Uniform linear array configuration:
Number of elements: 48
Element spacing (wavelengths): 0.5
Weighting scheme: uniform
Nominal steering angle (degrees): -15
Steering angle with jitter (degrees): -16.441
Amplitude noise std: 0.05
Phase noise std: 0.05

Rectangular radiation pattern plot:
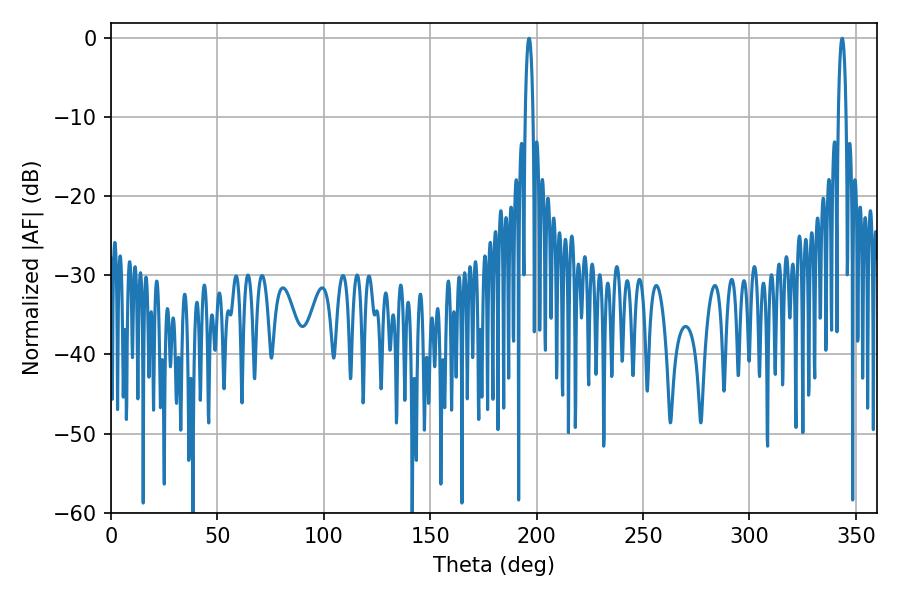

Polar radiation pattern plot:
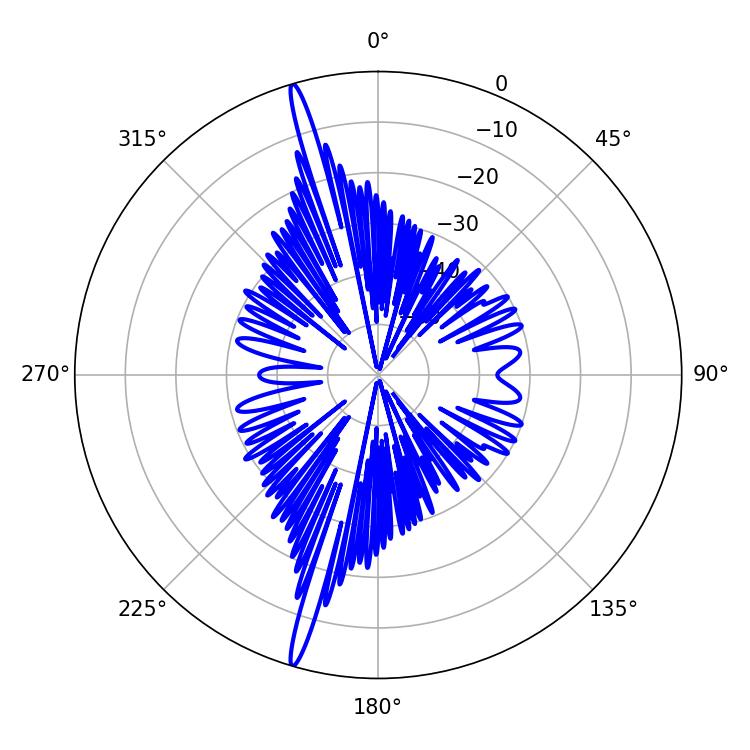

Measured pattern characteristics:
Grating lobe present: FALSE
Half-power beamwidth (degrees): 1.98
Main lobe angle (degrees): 196.38